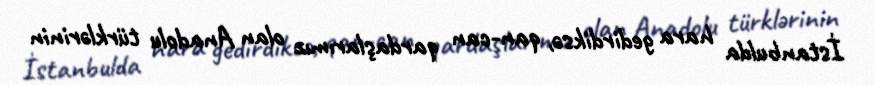
İstanbulda hara gedirdiksə, qan-can qardaşlarımız olan Anadolu türklərinin